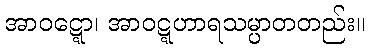
အာဝဋ္ဋော၊ အာဝဋ္ဋဟာရသမ္ပာတတည်း။